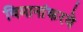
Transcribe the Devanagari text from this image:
विमानांकरवे